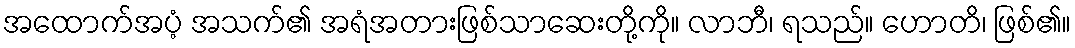
အထောက်အပံ့ အသက်၏ အရံအတားဖြစ်သာဆေးတို့ကို။ လာဘီ၊ ရသည်။ ဟောတိ၊ ဖြစ်၏။